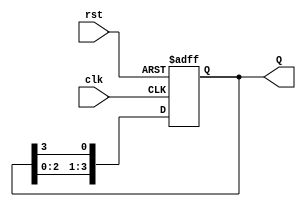
module ring_counter #(
    parameter N = 4  // Number of flip-flops (states)
) (
    input wire clk,   // Clock signal
    input wire rst,   // Asynchronous reset signal
    output reg [N-1:0] Q  // Output state of the ring counter
);

// Initial state of the counter
initial begin
    Q = 1'b1;  // Start with the first flip-flop set to '1'
end

// Always block triggered on the rising edge of the clock or reset
always @(posedge clk or posedge rst) begin
    if (rst) begin
        Q <= 1'b1;  // Reset state to '0001' for N=4
    end else begin
        // Rotate the '1' through the flip-flops
        Q <= {Q[N-2:0], Q[N-1]};  // Shift left and wrap around
    end
end

endmodule